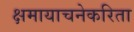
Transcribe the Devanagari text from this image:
क्षमायाचनेकरिता